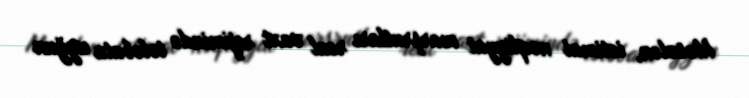
Məsələn, ictimai nəqliyyat marşrutları real vaxt rejimində tələbata uyğun